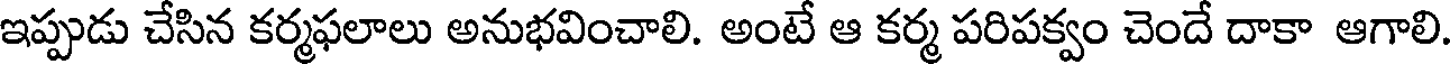
ఇప్పుడు చేసిన కర్మఫలాలు అనుభవించాలి. అంటే ఆ కర్మ పరిపక్వం చెందే దాకా ఆగాలి.